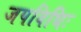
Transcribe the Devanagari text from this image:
जपविधिः